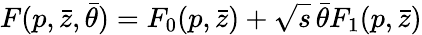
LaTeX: F(p,\bar{z},\bar{\theta})=F_{0}(p,\bar{z})+\sqrt{s}\, \bar{\theta}F_{1}(p,\bar{z})